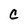
Character: C